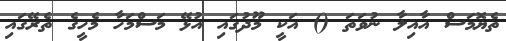
ތެޔޮމަސް އާއިލާ ނުވަތަ () އަކީ މޫދުގައި އުޅޭ މަސްމަހާ މެހީގެ ތެރޭގައި